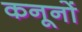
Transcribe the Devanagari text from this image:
कनूनों